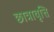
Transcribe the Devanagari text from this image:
छात्रावृत्ति